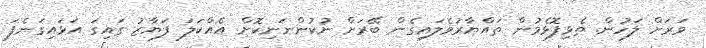
ވަރަށް ލަހުން. ތެޅިފޮޅެމުން ތައްޔާރުވެލައިގެން ބޭރަށް ނުކުންނަނިކޮށް އެއްކަލަ ފަޔާޒު ގައިގަ އަޅައިގަނެފަ